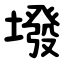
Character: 墢